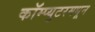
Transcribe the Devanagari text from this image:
कॉम्प्युटरमधून